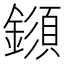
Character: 𨬗